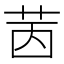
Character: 𦭮